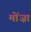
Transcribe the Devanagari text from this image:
मोंज़ा